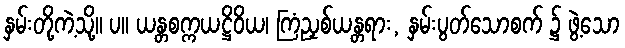
နှမ်းတို့ကဲ့သို့။ ပ။ ယန္တစက္ကယဋ္ဌိဝိယ၊ ကြံညှစ်ယန္တရား, နှမ်းပွတ်သောစက် ၌ ဖွဲ့သော